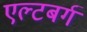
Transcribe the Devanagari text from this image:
एल्टबर्ग